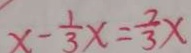
x - \frac { 1 } { 3 } x = \frac { 2 } { 3 } x